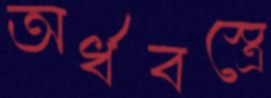
অর্ধবস্ত্রে